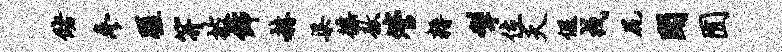
储参蹉笄披饰赫渠徭敖管耨掣位夭偃戎尻闻囿